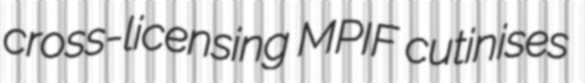
cross-licensing MPIF cutinises